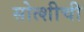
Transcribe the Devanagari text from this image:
सोत्शीची